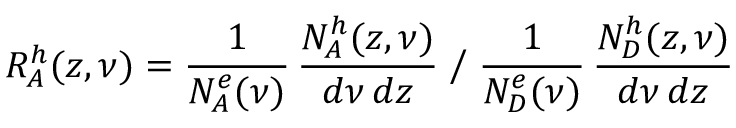
R _ { A } ^ { h } ( z , \nu ) = \frac { 1 } { N _ { A } ^ { e } ( \nu ) } \, \frac { N _ { A } ^ { h } ( z , \nu ) } { d \nu \, d z } \Biggm / \frac { 1 } { N _ { D } ^ { e } ( \nu ) } \, \frac { N _ { D } ^ { h } ( z , \nu ) } { d \nu \, d z }